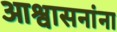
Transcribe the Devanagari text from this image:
आश्वासनांना